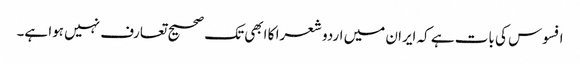
افسوس کی بات ہے کہ ایران میں اردو شعرا کا ابھی تک صحیح تعارف نہیں ہوا ہے۔